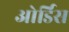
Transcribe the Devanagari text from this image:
ओर्डिस